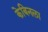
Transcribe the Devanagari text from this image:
केबिनला